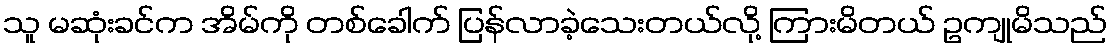
သူ မဆုံးခင်က အိမ်ကို တစ်ခေါက် ပြန်လာခဲ့သေးတယ်လို့ ကြားမိတယ် ဥကျုမိသည်